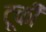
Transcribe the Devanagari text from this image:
टूकी